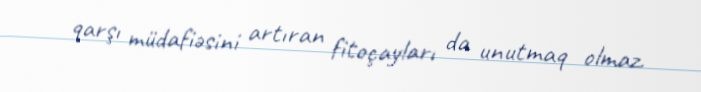
qarşı müdafiəsini artıran fitoçayları da unutmaq olmaz.